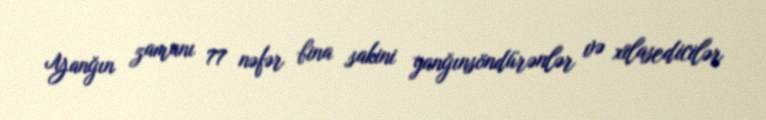
Yanğın zamanı 77 nəfər bina sakini yanğınsöndürənlər və xilasedicilər